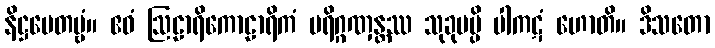
နိဋ္ဌပေတဗ္ဗံ။ ဧဝံ ဩဠာရိကောဠာရိကံ ပရိဂ္ဂဏှန္တဿ သုခုမမ္ပိ ပါကဋံ ဟောတိ။ ဒိသတော